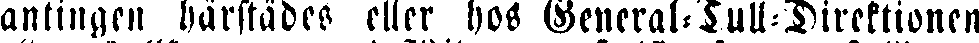
antingen härstädes eller hos General-Tull-Direktionen